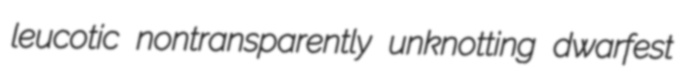
leucotic nontransparently unknotting dwarfest